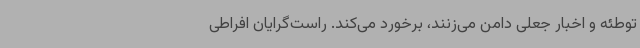
توطئه و اخبار جعلی دامن می‌زنند، برخورد می‌کند. راست‌گرایان افراطی